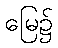
မြေ၌